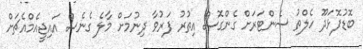
ބޮޑުފޮޅަދޫ ހެލްތު ސެންޓަރަށް ގެންގޮސް އިތުރު ފަރުވާ ދިނުމަށް މާލެ ގެނެސް އައިޖީއެމްއެޗަށް